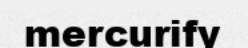
mercurify